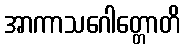
အာကာသဂေါတ္တောတိ